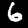
Label: 6